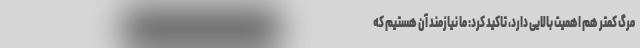
مرگ کمتر هم اهمیت بالایی دارد، تاکید کرد: ما نیازمند آن هستیم که